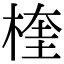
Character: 楏